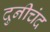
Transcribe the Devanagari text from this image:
दुनीचंद